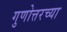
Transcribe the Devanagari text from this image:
गुणोत्तरच्या